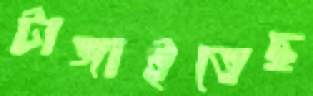
টাঙ্গাইতেছ